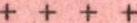
+ + + +